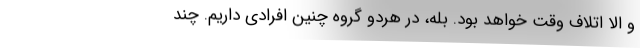
و الاّ اتلاف وقت خواهد بود. بله، در هردو گروه چنین افرادی داریم. چند